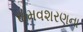
સમવશરણના